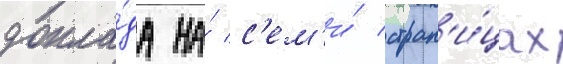
докла́да на́ с'ем'и́ стран'и́цах